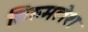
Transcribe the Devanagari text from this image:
तिरुमलेश